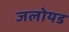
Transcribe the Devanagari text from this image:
जलोयड